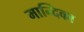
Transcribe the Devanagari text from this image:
मान्दिका